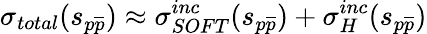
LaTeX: \sigma_{total}(s_{p\overline{{{p}}}})\approx\sigma_{SOFT}^{inc}(s_{p\overline{{{p}}}})+\sigma_{H}^{inc}(s_{p\overline{{{p}}}})